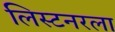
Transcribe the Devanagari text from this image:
लिस्टनरला